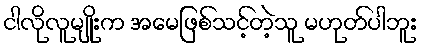
ငါလိုလူမျိုးက အမေဖြစ်သင့်တဲ့သူ မဟုတ်ပါဘူး